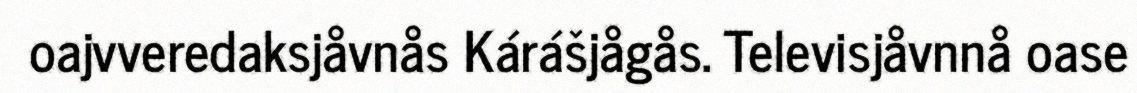
oajvveredaksjåvnås Kárášjågås. Televisjåvnnå oase